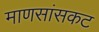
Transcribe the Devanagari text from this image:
माणसांसकट